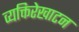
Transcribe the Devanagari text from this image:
व्यक्तिरेखाटन